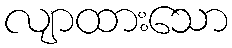
လျာထားသော